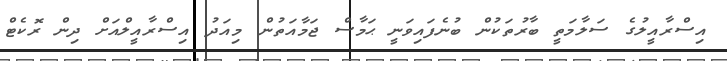
އިސްރާއީލުގެ ސަލާމަތީ ބާރުތަކުން ބުނެފައިވަނީ ޙަމާސް ޖަމާއަތުން މިއަދު އިސްރާއީލްއަށް ދިން ރޮކެޓް